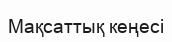
Мақсаттық кеңесі